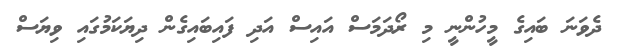
ދެވަނަ ބައިގެ މީހުންނީ މި ރޯދަމަސް އައިސް އަދި ފައިބައިގެން ދިޔަކަމުގައި ވިޔަސް